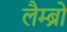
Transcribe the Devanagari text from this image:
लैम्ब्रो